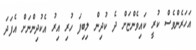
އަހަރެންވެސް ކުރީ ކައިވެންޏަށް ދެ ކުދިން ލިބިފަ ހުރި އިރު އެކުދިންނަށް އެފަދަ